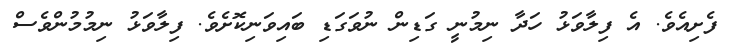
ފެށިއެވެ. އެ ފިލާވަޅު ހަދާ ނިމުނީ ގަޑިން ނުވަގަޑި ބައިވަނިކޮށެވެ. ފިލާވަޅު ނިމުމުންވެސް